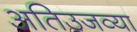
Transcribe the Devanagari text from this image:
अतिउजव्या